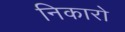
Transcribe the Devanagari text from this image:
निकारो